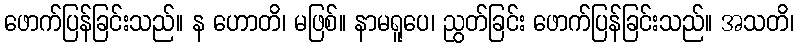
ဖောက်ပြန်ခြင်းသည်။ န ဟောတိ၊ မဖြစ်။ နာမရူပေ၊ ညွတ်ခြင်း ဖောက်ပြန်ခြင်းသည်။ အသတိ၊